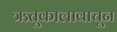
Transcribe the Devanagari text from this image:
ऋतूकालावाचून